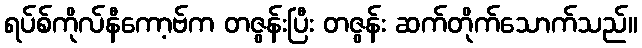
ရပ်စ်ကိုလ်နီကော့ဗ်က တဇွန်းပြီး တဇွန်း ဆက်တိုက်သောက်သည်။